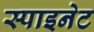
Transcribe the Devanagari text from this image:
स्पाइनेट